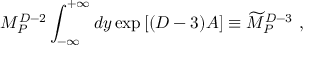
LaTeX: M _ { P } ^ { D - 2 } \int _ { - \infty } ^ { + \infty } d y \exp \left[ ( D - 3 ) A \right] \equiv { \widetilde M } _ { P } ^ { D - 3 } ~ ,